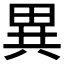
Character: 異